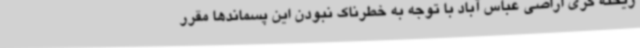
ریخته گری اراضی عباس آباد با توجه به خطرناک نبودن این پسماندها مقرر